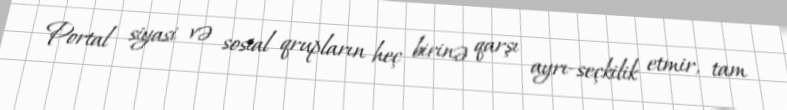
Portal siyasi və sosial qrupların heç birinə qarşı ayrı-seçkilik etmir, tam